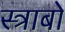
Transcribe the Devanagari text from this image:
स्त्राबो